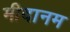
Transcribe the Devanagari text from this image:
मीदानम